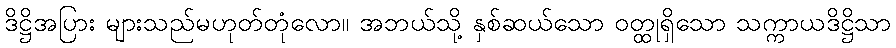
ဒိဋ္ဌိအပြား များသည်မဟုတ်တုံလော။ အဘယ်သို့ နှစ်ဆယ်သော ဝတ္ထုရှိသော သက္ကာယဒိဋ္ဌိသာ